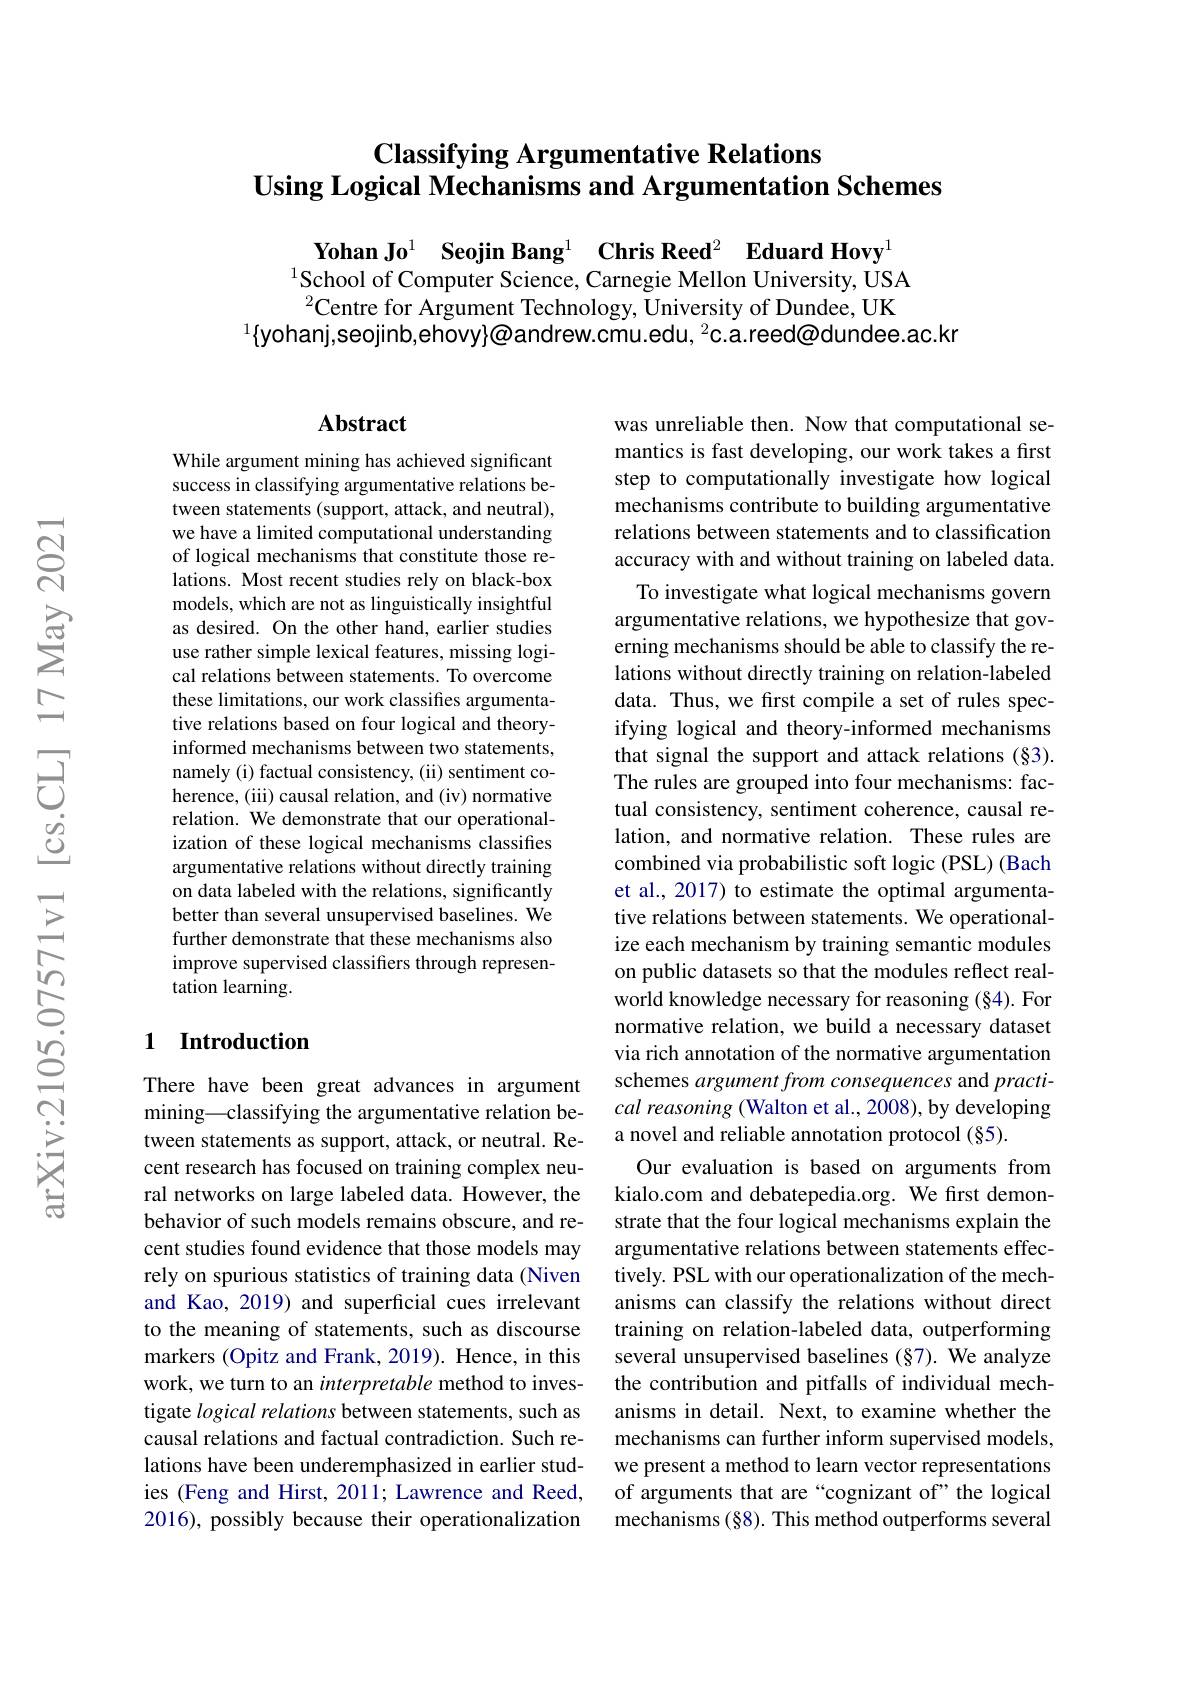
# Classifying Argumentative Relations Using Logical Mechanisms and Argumentation Schemes

$\textbf{Yohan Jo}^{1}$ $\textbf{Seojin Bang}^{1}$ $\textbf{Chris Reed}^{2}$ $\textbf{Eduard Hovy}$
$^{1}$School of Computer Science, Carnegie Mellon University, USA $^{2}$Centre for Argument Technology, University of Dundee, UK
$^1\{$yohanj,seojinb,ehovy}@andrew.cmu.edu, $^2$c.a.reed@dundee.ac.kr

## Abstract

While argument mining has achieved significant success in classifying argumentative relations between statements (support, attack, and neutral), we have a limited computational understanding of logical mechanisms that constitute those relations. Most recent studies rely on black-box models, which are not as linguistically insightful as desired. On the other hand, earlier studies use rather simple lexical features, missing logical relations between statements. To overcome these limitations, our work classifies argumentative relations based on four logical and theoryinformed mechanisms between two statements, namely (i) factual consistency, (ii) sentiment coherence, (iii) causal relation, and (iv) normative relation. We demonstrate that our operationalization of these logical mechanisms classifies argumentative relations without directly training on data labeled with the relations, significantly better than several unsupervised baselines. We further demonstrate that these mechanisms also improve supervised classifiers through represen- $\hat{\text{tation learning}}.$

## 1 Introduction

There have been great advances in argument mining\_classifying the argumentative relation between statements as support, attack, or neutral. Recent research has focused on training complex neural networks on large labeled data. However, the behavior of such models remains obscure, and recent studies found evidence that those models may rely on spurious statistics of training data (Niven and Kao, 2019) and superficial cues irrelevant to the meaning of statements, such as discourse markers (Opitz and Frank, 2019). Hence, in this work, we turn to an interpretable method to investigate logical relations between statements, such as causal relations and factual contradiction. Such relations have been underemphasized in earlier studies (Feng and Hirst, 2011; Lawrence and Reed, 2016), possibly because their operationalization

was unreliable then. Now that computational semantics is fast developing, our work takes a first step to computationally investigate how logical mechanisms contribute to building argumentative relations between statements and to classification accuracy with and without training on labeled data.
To investigate what logical mechanisms govern argumentative relations, we hypothesize that governing mechanisms should be able to classify the relations without directly training on relation-labeled data. Thus, we first compile a set of rules specifying logical and theory-informed mechanisms that signal the support and attack relations (§3). The rules are grouped into four mechanisms: factual consistency, sentiment coherence, causal relation, and normative relation. These rules are combined via probabilistic soft logic (PSL) (Bach et al., 2017) to estimate the optimal argumentative relations between statements. We operationalize each mechanism by training semantic modules on public datasets so that the modules reflect realworld knowledge necessary for reasoning (§4). For normative relation, we build a necessary dataset via rich annotation of the normative argumentation schemes argument from consequences and practical reasoning (Walton et al., 2008), by developing a novel and reliable annotation protocol (§5).
Our evaluation is based on arguments from kialo.com and debatepedia.org. We first demonstrate that the four logical mechanisms explain the argumentative relations between statements effectively. PSL with our operationalization of the mechanisms can classify the relations without direct training on relation-labeled data, outperforming several unsupervised baselines (§7). We analyze the contribution and pitfalls of individual mechanisms in detail. Next, to examine whether the mechanisms can further inform supervised models, we present a method to learn vector representations of arguments that are “cognizant of”the logical mechanisms (§8). This method outperforms several